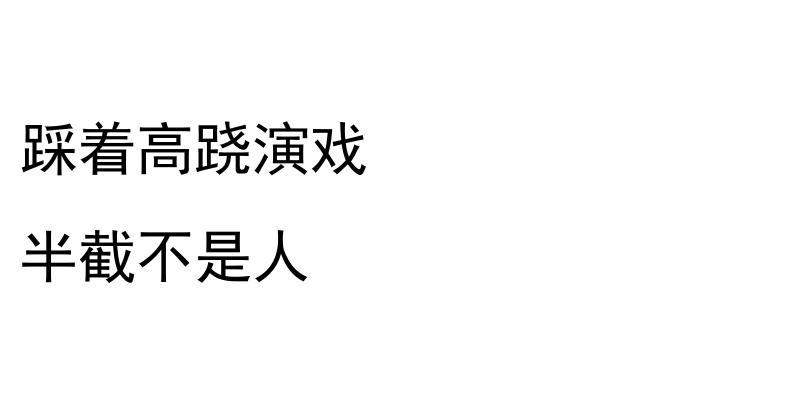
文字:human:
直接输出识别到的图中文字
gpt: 踩着高跷演戏 半截不是人